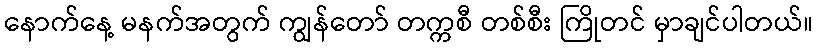
နောက်နေ့ မနက်အတွက် ကျွန်တော် တက္ကစီ တစ်စီး ကြိုတင် မှာချင်ပါတယ်။